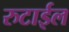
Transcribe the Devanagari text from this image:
रुटाईल